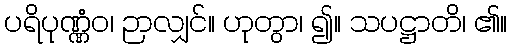
ပရိပုဏ္ဏံဝ၊ ဉာလျှင်။ ဟုတွာ၊ ၍။ သပဋ္ဌာတိ၊ ၏။